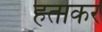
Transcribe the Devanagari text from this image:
हताकर